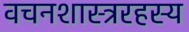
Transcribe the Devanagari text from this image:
वचनशास्त्ररहस्य